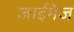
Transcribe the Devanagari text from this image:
जाईमेज